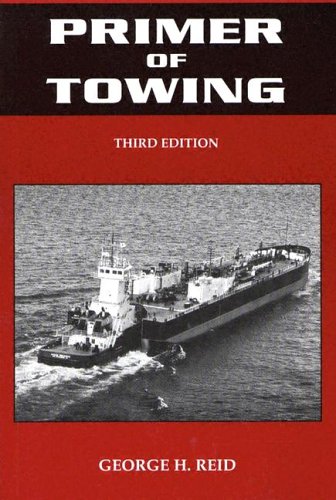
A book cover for Primer of Towing; George H. Reid; Engineering & Transportation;